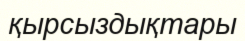
қырсыздықтары